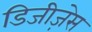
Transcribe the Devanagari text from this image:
डिजीज़ेस